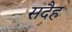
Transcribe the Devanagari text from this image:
सदैह